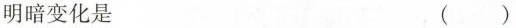
明暗变化是 ( )